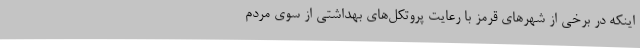
اینکه در برخی از شهرهای قرمز با رعایت پروتکل‌های بهداشتی از سوی مردم